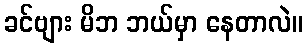
ခင်ဗျား မိဘ ဘယ်မှာ နေတာလဲ။